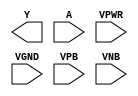
module sky130_fd_sc_hd__clkinvlp (
    Y   ,
    A   ,
    VPWR,
    VGND,
    VPB ,
    VNB
);

    output Y   ;
    input  A   ;
    input  VPWR;
    input  VGND;
    input  VPB ;
    input  VNB ;
endmodule